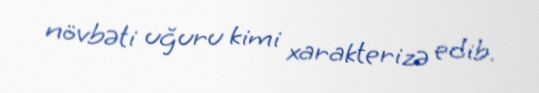
növbəti uğuru kimi xarakterizə edib.